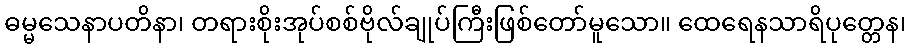
ဓမ္မသေနာပတိနာ၊ တရားစိုးအုပ်စစ်ဗိုလ်ချုပ်ကြီးဖြစ်တော်မူသော။ ထေရေနသာရိပုတ္တေန၊